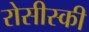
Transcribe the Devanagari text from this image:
रोसीस्की